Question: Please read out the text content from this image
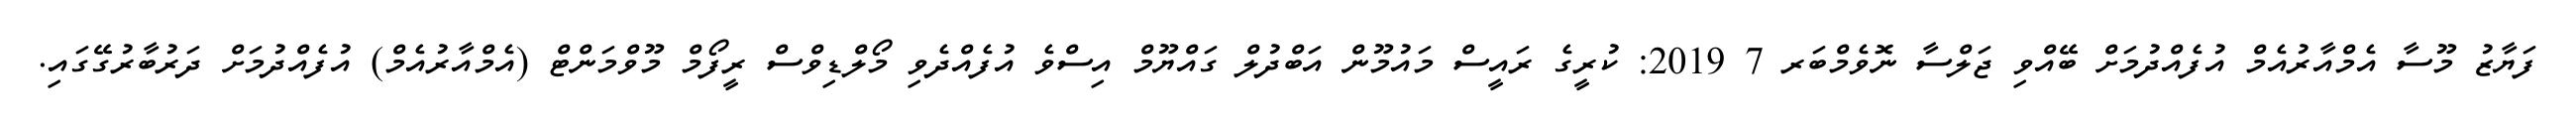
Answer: ފަޔާޒު މޫސާ އެމްއާރުއެމް އުފެއްދުމަށް ބޭއްވި ޖަލްސާ ނޮވެމްބަރ 7 2019: ކުރީގެ ރައީސް މައުމޫން އަބްދުލް ގައްޔޫމް އިސްވެ އުފެއްދެވި މޯލްޑިވްސް ރީފޯމް މޫވްމަންޓް (އެމްއާރުއެމް) އުފެއްދުމަށް ދަރުބާރުގޭގައި.